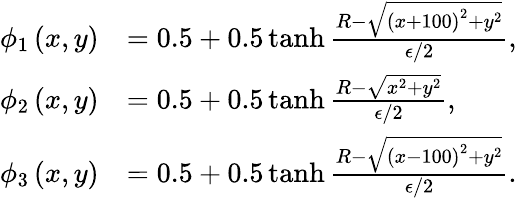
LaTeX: \begin{array}{rl}{\phi_{1}\left(x,y\right)}&{=0.5+0.5\operatorname{tanh}\frac{R-\sqrt{\left(x+100\right)^{2}+y^{2}}}{\epsilon/2},}\\ {\phi_{2}\left(x,y\right)}&{=0.5+0.5\operatorname{tanh}\frac{R-\sqrt{x^{2}+y^{2}}}{\epsilon/2},}\\ {\phi_{3}\left(x,y\right)}&{=0.5+0.5\operatorname{tanh}\frac{R-\sqrt{\left(x-100\right)^{2}+y^{2}}}{\epsilon/2}.}\end{array}